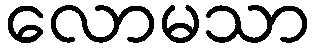
လောမသာ